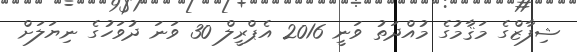
ޝިފާޒްގެ މަޤާމުގެ މުއްދަތު ވަނީ 2016 އެޕްރީލް 30 ވަނަ ދުވަހުގެ ނިޔަލަށް